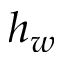
h _ { w }